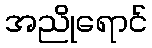
အညိုရောင်